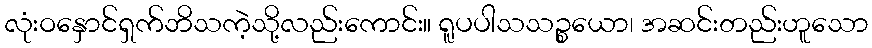
လုံးဝနှောင်ရှက်ဘိသကဲ့သို့လည်းကောင်း။ ရူပပါသသဉ္စယော၊ အဆင်းတည်းဟူသော